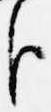
臣